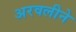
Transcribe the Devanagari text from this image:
अरवलीने